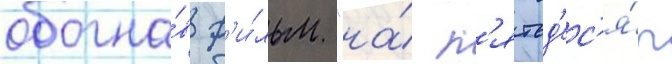
обогна́в ф'и́льм "на́ п'ятьд'ес'я́т